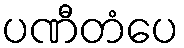
ပဏီတံပေ